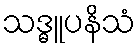
သဒ္ဓူပနိသံ